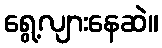
ရွေ့လျားနေဆဲ။